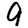
Digit: 9